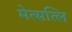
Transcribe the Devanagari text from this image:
मेत्सत्लि